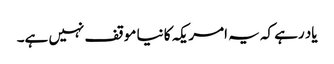
یاد رہے کہ یہ امریکہ کا نیا موقف نہیں ہے۔